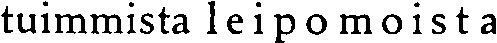
tuimmista leipomoista